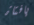
يافتاة